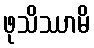
ဖုသိဿာမိ